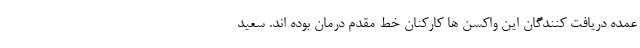
عمده دریافت کنندگان این واکسن ها کارکنان خط مقدم درمان بوده اند. سعید